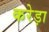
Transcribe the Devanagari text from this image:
करेड़ा